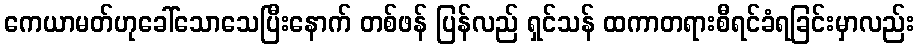
ကေယာမတ်ဟုခေါ်သောသေပြီးနောက် တစ်ဖန် ပြန်လည် ရှင်သန် ထကာတရားစီရင်ခံရခြင်းမှာလည်း